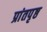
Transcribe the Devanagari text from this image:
प्रांतपृष्ठ